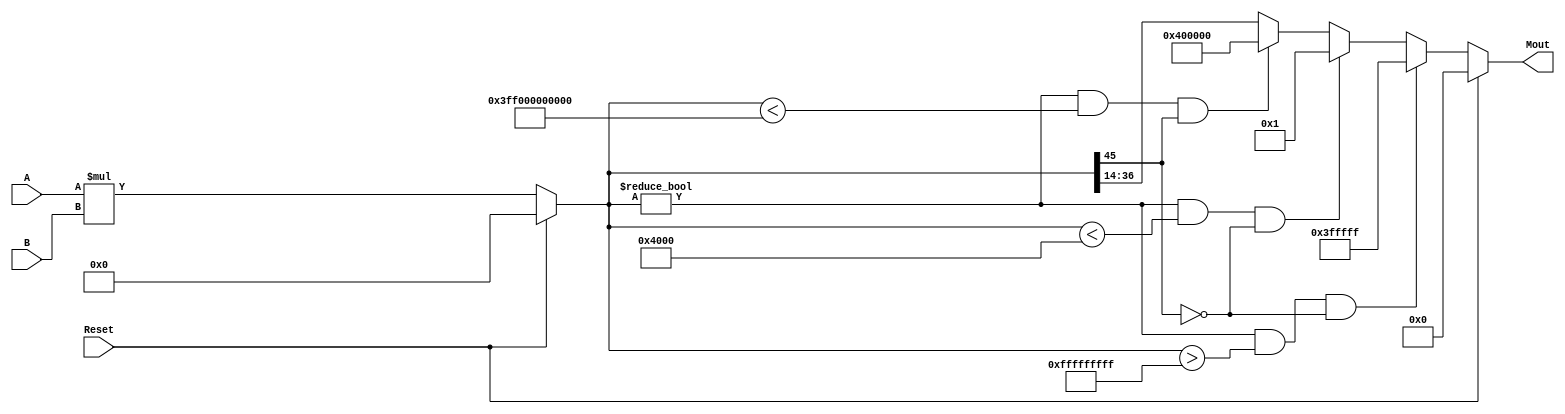
`timescale 1ns / 1ps
//////////////////////////////////////////////////////////////////////////////////
//	Laboratorio de Diseo Digital
// Proyecto de diseo #1
// Multiplicador versin 2
// Diego Brenes Martnez
// Francisco Chacn Cambronero
//////////////////////////////////////////////////////////////////////////////////
module Multiplicadorv2 #(parameter W = 23, S = 1, M = 8, F = 14)(
	 input Reset,
    input wire signed [W-1:0] A, 
    input wire signed [W-1:0] B, 
    output reg signed [W-1:0] Mout
    );
	
	reg signed [2*W-1:0] R;  //Registro para almacenar el resultado de la multiplicacin
	reg signed [W-1:0] Raux; //Registro auxiliar para almacenar el resultado truncado
	
	always @* begin
		if (Reset) begin
			Mout <= 23'b0;
			R <= 46'b0;
			Raux <= 23'b0;
		end
		else begin
			R <= A * B;
			Raux[W-1:0] <= R[2*W-1-S-M:2*W-2*S-2*M-F]; //Raux[22:0] <= R[36:14]
			
			//Revisando R:
			
			if(R != 46'b0 && R > 46'h000FFFFFFFFF && !R[2*W-1]) 		//Overflow del positivo ms alto
				Mout <= 23'h3FFFFF;												//Asigna a la salida del multiplicador el positivo ms alto en 23 bits
			else if(R != 46'b0 && R < 46'h000000004000 && !R[2*W-1]) //Underflow del positivo ms bajo
				Mout <= 23'h000001; 												//Asigna a la salida del multiplicador el positivo ms bajo en 23 bits
			else if(R != 46'b0 && R < 46'h3FF000000000 && R[2*W-1])  //Underflow del negativo ms bajo
				Mout <= 23'h400000; 												//Asigna a la salida del multiplicador el negativo ms bajo en 23 bits
			else
				Mout <= Raux; //Si ninguna de las anteriores se cumple entonces slo asigna el resultado
								  //truncado a la salida del multiplicador
								  
		end
	end

endmodule